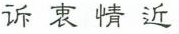
诉衷情近